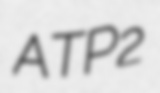
ATP2